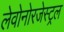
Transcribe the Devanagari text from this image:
लेवोनोरजेस्ट्रल